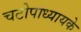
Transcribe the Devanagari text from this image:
चटोपाध्यायके